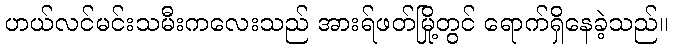
ဟယ်လင်မင်းသမီးကလေးသည် အားရ်ဖတ်မြို့တွင် ရောက်ရှိနေခဲ့သည်။